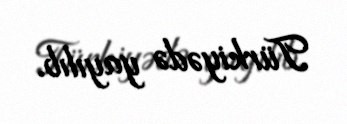
Türkiyədə yayılıb.